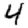
Digit: 4